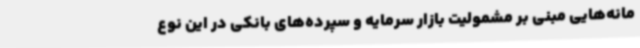
مانه‌هایی مبنی بر مشمولیت بازار سرمایه و سپرده‌های بانکی در این نوع